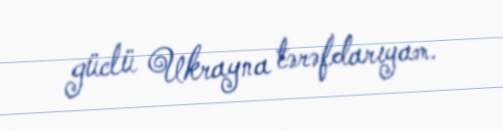
güclü Ukrayna tərəfdarıyam.